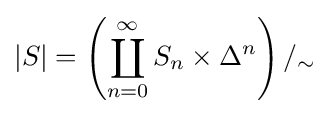
|S|=\left(\coprod _{n=0}^{\infty }S_{n}\times \Delta ^{n}\right)/_{\sim }